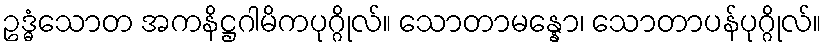
ဥဒ္ဓံသောတ အကနိဋ္ဌဂါမိကပုဂ္ဂိုလ်။ သောတာမန္နော၊ သောတာပန်ပုဂ္ဂိုလ်။